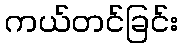
ကယ်တင်ခြင်း